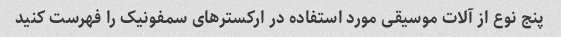
پنج نوع از آلات موسیقی مورد استفاده در ارکسترهای سمفونیک را فهرست کنید